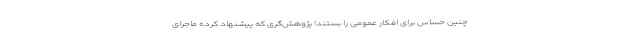
چنین حساس برای افکار عمومی را بستند! پژوهش‌گری که پیشنهاد کرده ماجرای